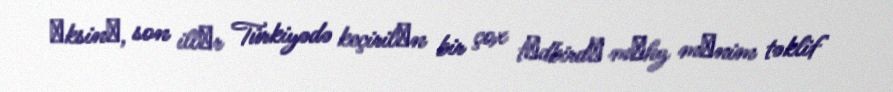
Әksinә, son illәr Türkiyədə keçirilәn bir çox tәdbirdә mәhz mәnim təklif